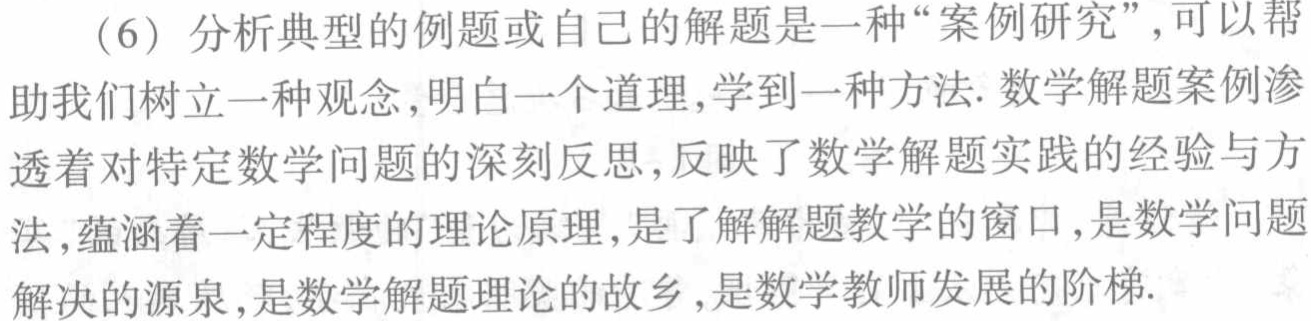
（6）分析典型的例题或自己的解题是一种“案例研究”，可以帮助我们树立一种观念，明白一个道理，学到一种方法. 数学解题案例渗透着对特定数学问题的深刻反思，反映了数学解题实践的经验与方法，蕴涵着一定程度的理论原理，是了解解题教学的窗口，是数学问题解决的源泉，是数学解题理论的故乡，是数学教师发展的阶梯.